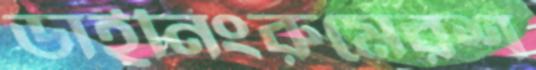
ডাইনিংরুমেরশ